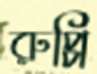
রুপ্পি